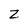
Character: Z